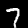
Label: 7